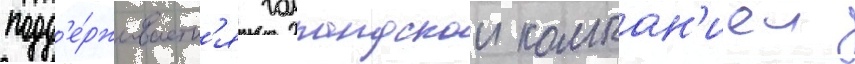
подд'е́рживаетс'я голландскои компан'иеи